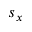
s _ { x }